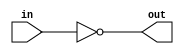
module invertSignal(
	in,
	out
);

	input in;
	output reg out;
	always @ (*) begin
		out = ~in;
	end

endmodule